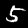
Digit: 5